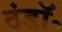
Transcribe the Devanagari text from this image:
ठंडॉ॰